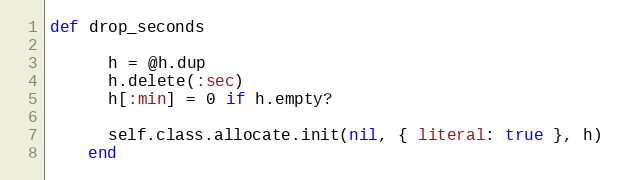
Language: Ruby
def drop_seconds

      h = @h.dup
      h.delete(:sec)
      h[:min] = 0 if h.empty?

      self.class.allocate.init(nil, { literal: true }, h)
    end